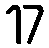
17